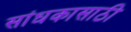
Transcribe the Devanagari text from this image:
सांधकासाठी